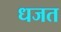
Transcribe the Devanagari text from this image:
धजत